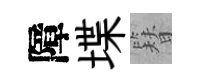
障堞簪